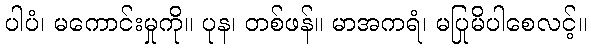
ပါပံ၊ မကောင်းမှုကို။ ပုန၊ တစ်ဖန်။ မာအကရံ၊ မပြုမိပါစေလင့်။